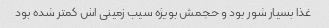
غذا بسیار شور بود و حجمش بویژه سیب زمینی اش کمتر شده بود